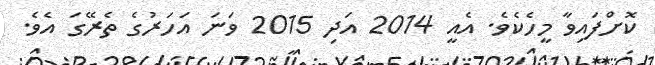
ކޮށްފައިވާ މީހެކެވެ. އެއީ 2014 އަދި 2015 ވަނަ އަހަރުގެ ތެރޭގަ އެވެ.